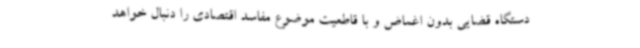
دستگاه قضایی بدون اغماض و با قاطعیت موضوع مفاسد اقتصادی را دنبال خواهد